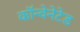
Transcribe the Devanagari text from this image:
कॉन्वेनेटेड